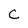
Character: C